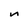
Character: n